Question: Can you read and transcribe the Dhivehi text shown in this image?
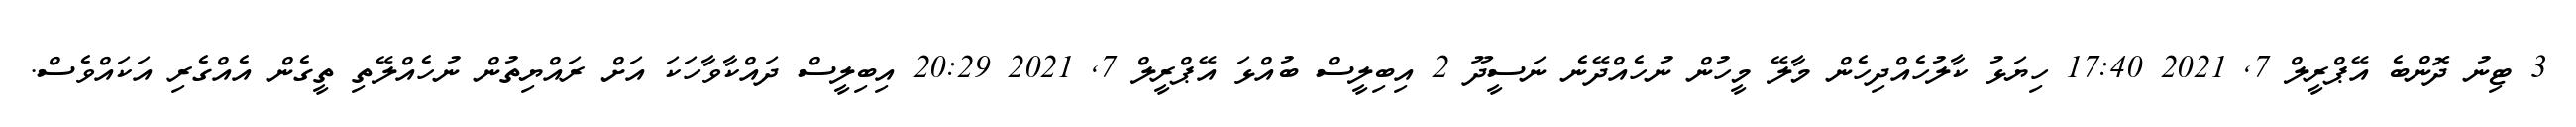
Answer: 3 ޓިނު ދޮންބެ އޭޕްރީލް 7, 2021 17:40 ހިޔަޅު ކާލުހެއްދިހެން މާލޭ މީހުން ނުހެއްދޭނެ ނަސީދޫ 2 އިބިލީސް ބުއްޅަ އޭޕްރީލް 7, 2021 20:29 އިބިލީސް ދައްކާވާހަކަ އަށް ރައްޔިތުން ނުހެއްލޭތި ތީގެން އެއްގެރި އަކައްވެސް.